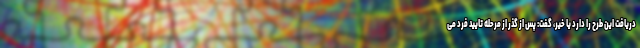
دریافت این طرح را دارد یا خیر، گفت: پس از گذر از مرحله تایید فرد می